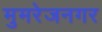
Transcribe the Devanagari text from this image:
मुमरेजनगर